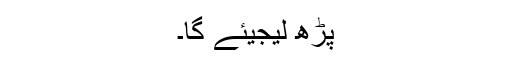
پڑھ لیجیئے گا۔